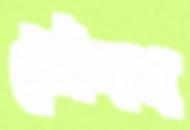
চৌপথ